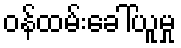
ဝန်ထမ်းခေါ်ယူမှု